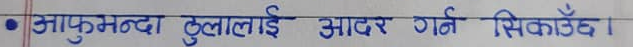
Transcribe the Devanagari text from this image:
आफूभन्दा ठुलालाई आदर गर्न सिकाउँछ ।